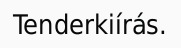
Tenderkiírás.